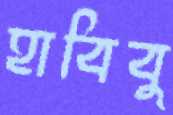
হাবিবু